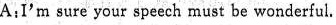
A:I'm sure yourspeech must be wonderful.